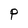
Character: P